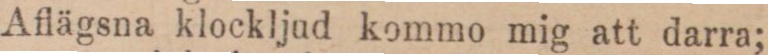
Aflägsna klockljud kommo mig att darra;